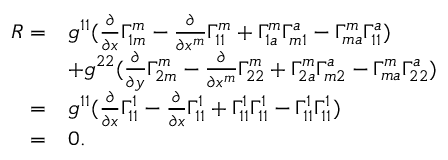
\begin{array} { r l } { R = } & { g ^ { 1 1 } ( \frac { \partial } { \partial { x } } \Gamma _ { 1 m } ^ { m } - \frac { \partial } { \partial { x ^ { m } } } \Gamma _ { 1 1 } ^ { m } + \Gamma _ { 1 a } ^ { m } \Gamma _ { m 1 } ^ { a } - \Gamma _ { m a } ^ { m } \Gamma _ { 1 1 } ^ { a } ) } \\ & { + g ^ { 2 2 } ( \frac { \partial } { \partial { y } } \Gamma _ { 2 m } ^ { m } - \frac { \partial } { \partial { x ^ { m } } } \Gamma _ { 2 2 } ^ { m } + \Gamma _ { 2 a } ^ { m } \Gamma _ { m 2 } ^ { a } - \Gamma _ { m a } ^ { m } \Gamma _ { 2 2 } ^ { a } ) } \\ { = } & { g ^ { 1 1 } ( \frac { \partial } { \partial { x } } \Gamma _ { 1 1 } ^ { 1 } - \frac { \partial } { \partial { x } } \Gamma _ { 1 1 } ^ { 1 } + \Gamma _ { 1 1 } ^ { 1 } \Gamma _ { 1 1 } ^ { 1 } - \Gamma _ { 1 1 } ^ { 1 } \Gamma _ { 1 1 } ^ { 1 } ) } \\ { = } & { 0 . } \end{array}